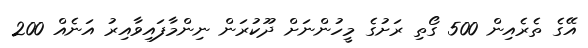
އޭގެ ތެރެއިން 500 ގޯތި ރަށުގެ މީހުންނަށް ދޫކުރަން ނިންމާފައިވާއިރު އަނެއް 200